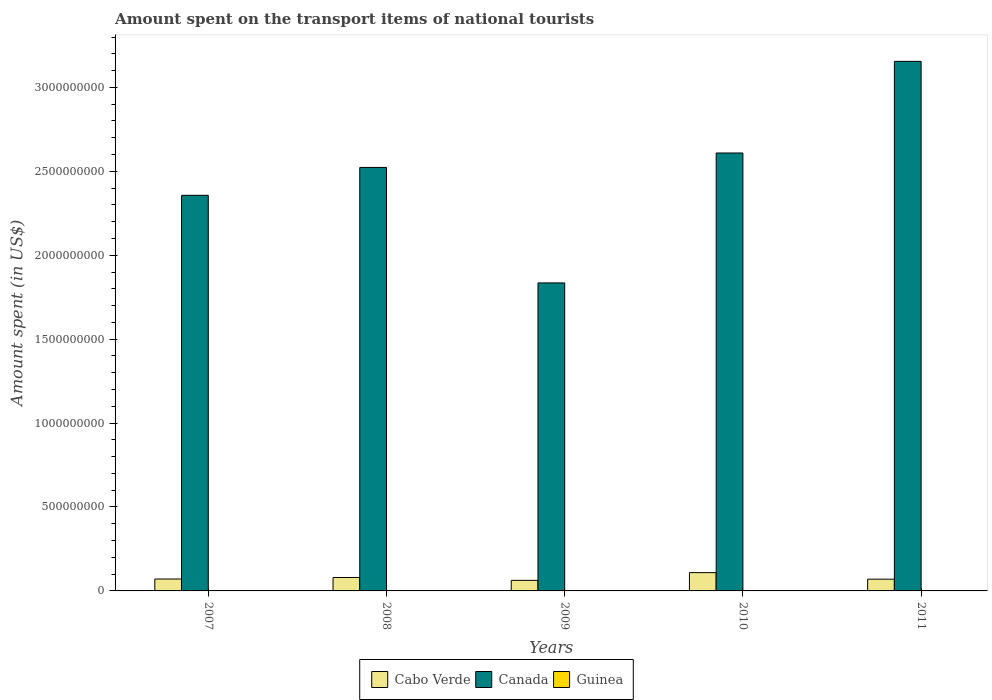
| Years | Cabo Verde | Canada | Guinea |
 | --- | --- | --- | --- |
 | 2007 | 7.1e+07 | 2.36e+09 | 9e+05 |
 | 2008 | 8e+07 | 2.52e+09 | 9e+05 |
 | 2009 | 6.3e+07 | 1.84e+09 | 2.1e+06 |
 | 2010 | 1.09e+08 | 2.61e+09 | 4e+04 |
 | 2011 | 7e+07 | 3.16e+09 | 2e+04 |